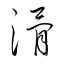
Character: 滑